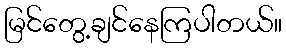
မြင်တွေ့ချင်နေကြပါတယ်။